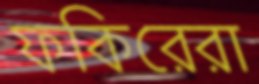
ফকিরেরা